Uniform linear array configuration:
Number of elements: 64
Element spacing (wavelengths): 1
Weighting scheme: hamming
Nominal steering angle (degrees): -45
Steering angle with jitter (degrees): -46.788
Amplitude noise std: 0.05
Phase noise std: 0.05

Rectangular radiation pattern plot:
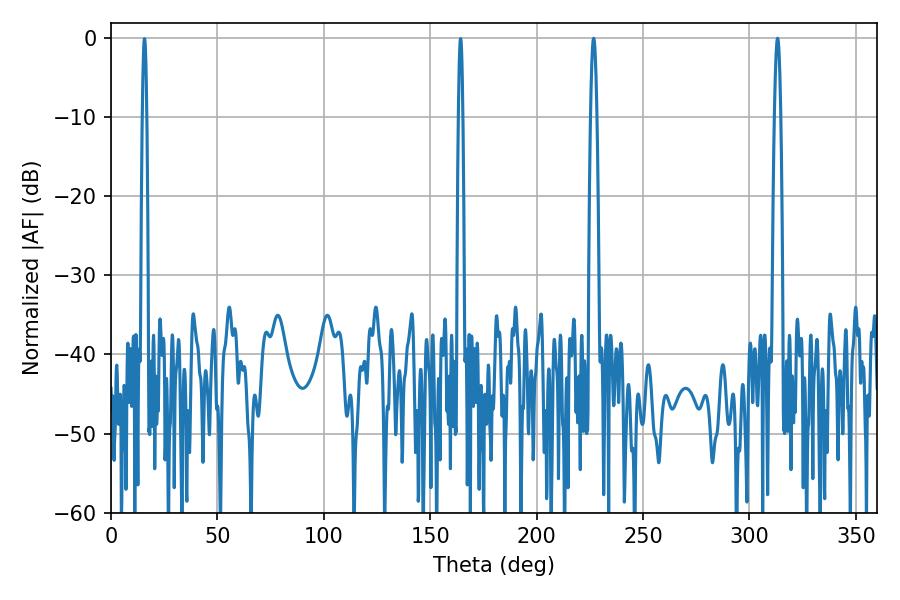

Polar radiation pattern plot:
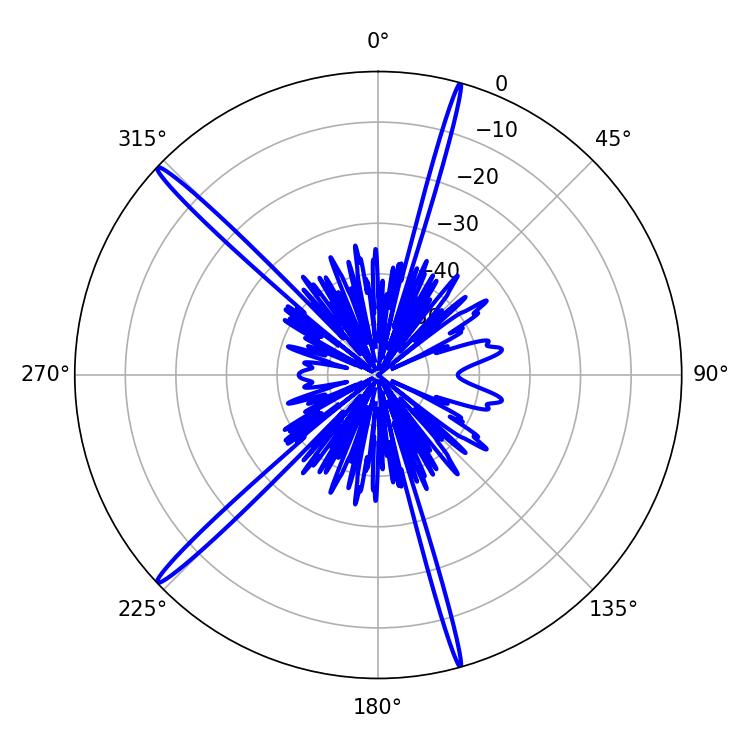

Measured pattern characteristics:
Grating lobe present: TRUE
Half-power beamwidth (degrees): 1.44
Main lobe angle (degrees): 226.8